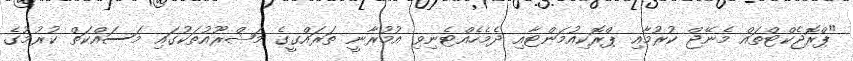
"ޕްރޮޖެކްޓްތައް މެނޭޖް ކުރުމާއި ޕްރޮކިއުމަންޓާއި ދެމެހެއްޓެނިވި އުމުރާނީ ތަރައްގީގެ މަޝްރޫއުތަކުގައި މަސައްކަތް ކުރުމުގެ